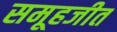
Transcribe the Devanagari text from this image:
समूहजीत